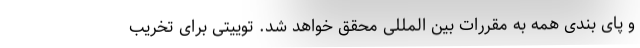
و پای بندی همه به مقررات بین المللی محقق خواهد شد. توییتی برای تخریب